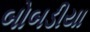
બોબડીયા